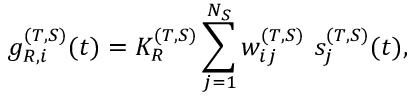
g _ { R , i } ^ { ( T , S ) } ( t ) = K _ { R } ^ { ( T , S ) } \sum _ { j = 1 } ^ { N _ { S } } w _ { i j } ^ { ( T , S ) } ~ s _ { j } ^ { ( T , S ) } ( t ) ,